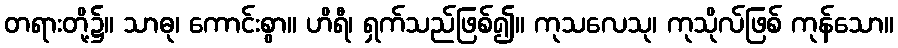
တရားတို့၌။ သာဓု၊ ကောင်းစွာ။ ဟိရီ၊ ရှက်သည်ဖြစ်၍။ ကုသလေသု၊ ကုသိုလ်ဖြစ် ကုန်သော။